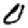
Digit: 0